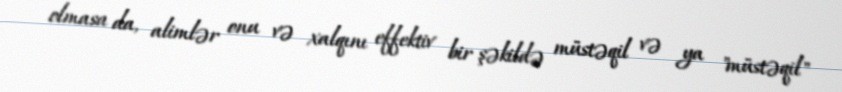
olmasa da, alimlər onu və xalqını effektiv bir şəkildə müstəqil və ya "müstəqil"